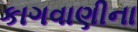
કાગવાણીના